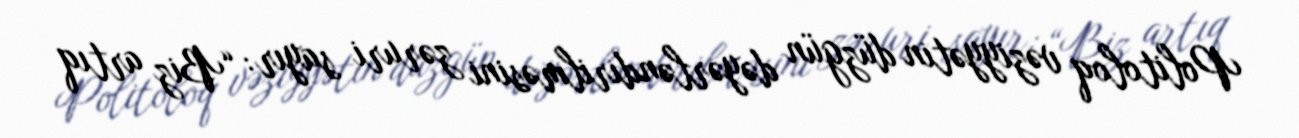
Politoloq vəziyyətin düzgün dəyərləndirilməsini zəruri sayır: “Biz artıq